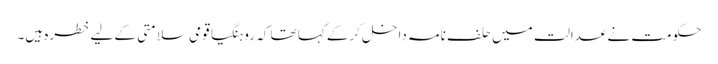
حکومت نے عدالت میں حلف نامہ داخل کرکے کہا تھا کہ روہنگیا قومی سلامتی کے لیے خطرہ ہیں۔